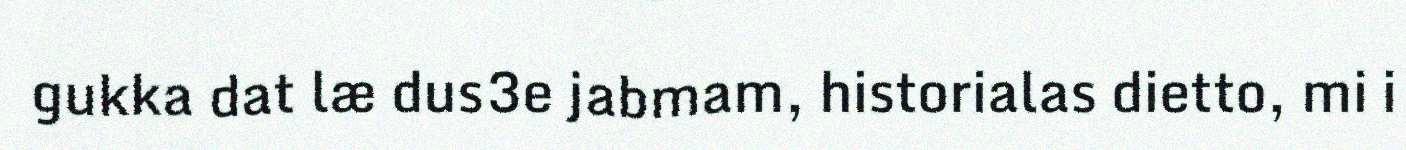
gukka dat læ dus3e jabmam, historialas dietto, mi i